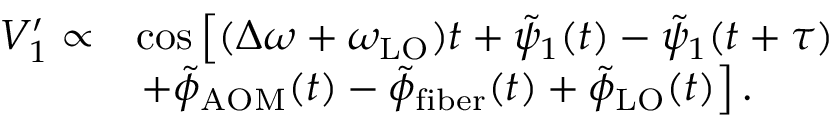
\begin{array} { r l } { V _ { 1 } ^ { \prime } \propto } & { \cos \left[ ( \Delta \omega + \omega _ { \mathrm { L O } } ) t + \tilde { \psi } _ { 1 } ( t ) - \tilde { \psi } _ { 1 } ( t + \tau ) \right. } \\ & { \left. + \tilde { \phi } _ { \mathrm { A O M } } ( t ) - \tilde { \phi } _ { \mathrm { f i b e r } } ( t ) + \tilde { \phi } _ { \mathrm { L O } } ( t ) \right] . } \end{array}